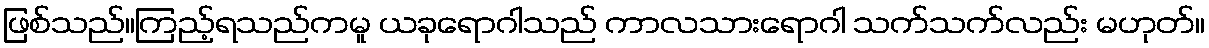
ဖြစ်သည်။ကြည့်ရသည်ကမူ ယခုရောဂါသည် ကာလသားရောဂါ သက်သက်လည်း မဟုတ်။